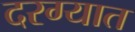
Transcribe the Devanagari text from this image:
दरग्यात